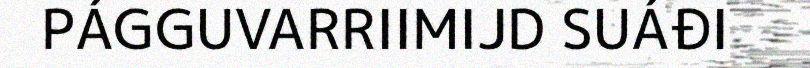
PÁGGUVARRIIMIJD SUÁĐI